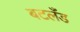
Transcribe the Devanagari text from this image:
बटलँड